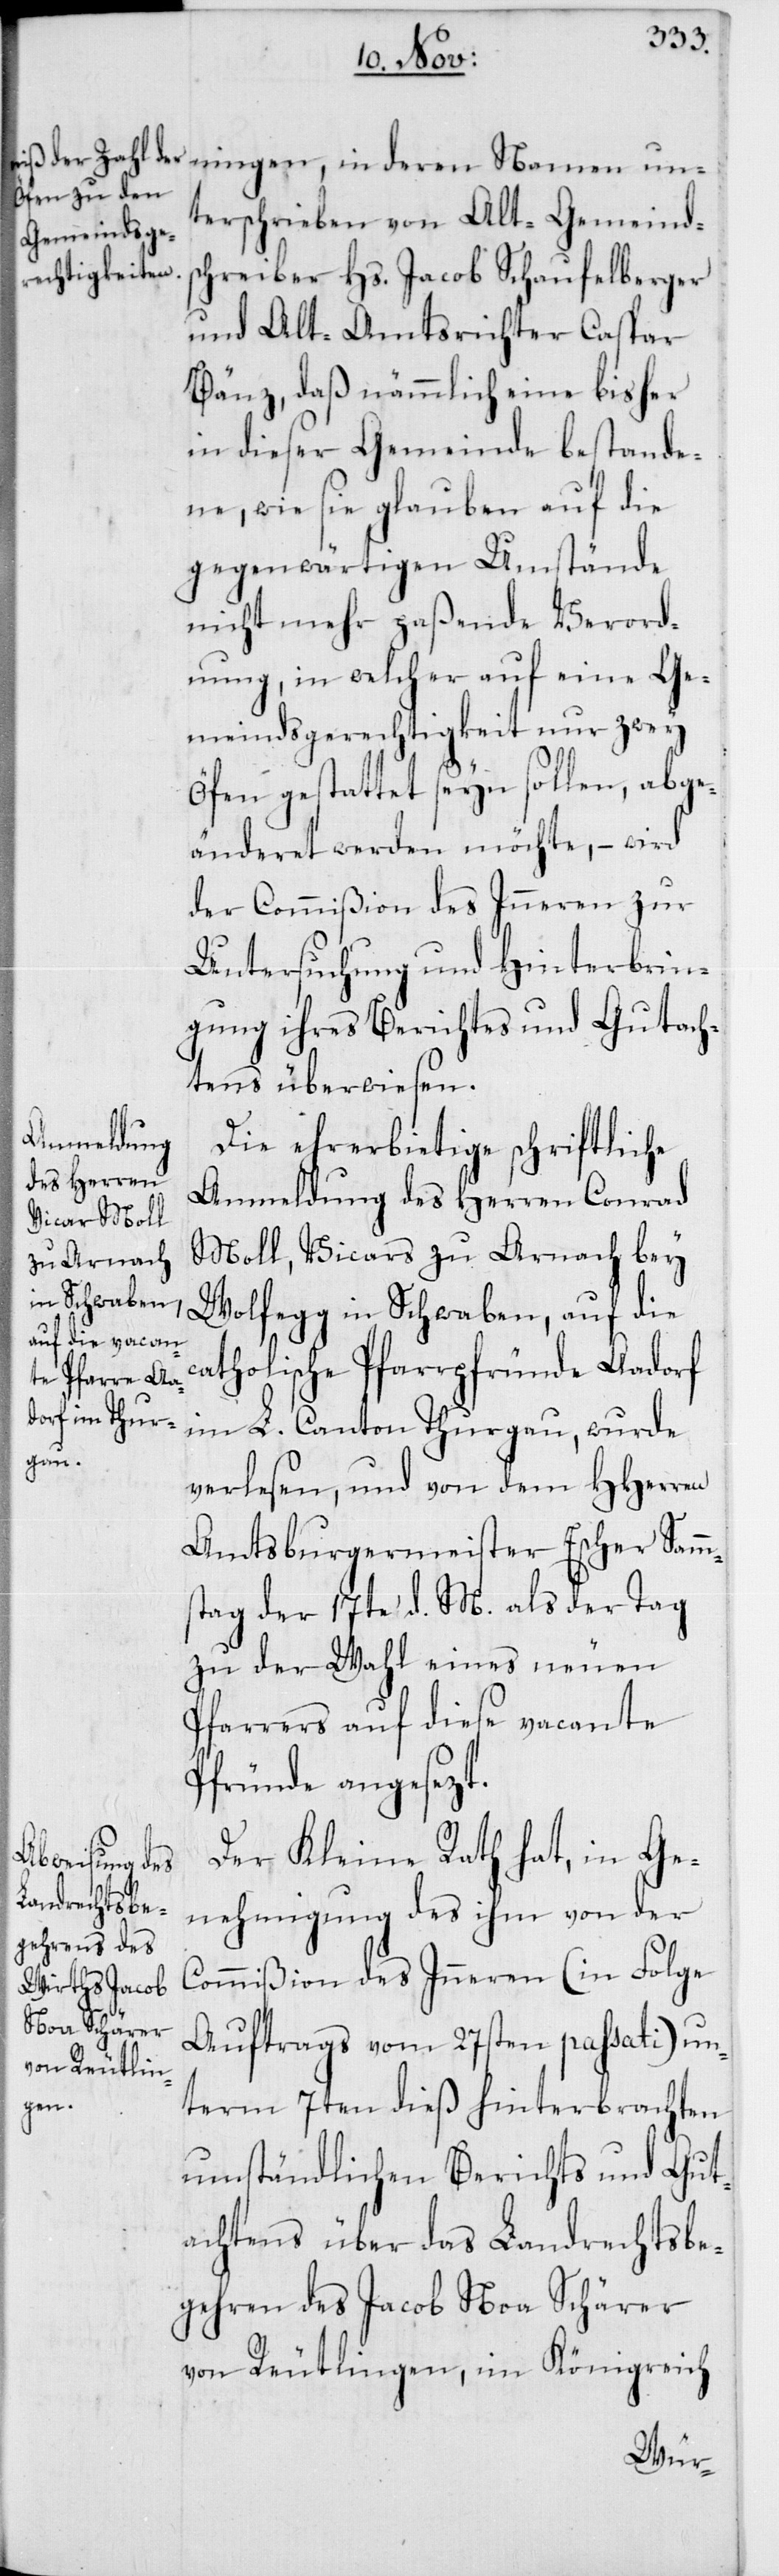
ningen, in deren Namen un¬
terschrieben von Alt-Gemeinds¬
chreiber Hs. Jacob Schaufelberger
und Altamtsrichter Caspar
Bänz, daß nämmlich eine bisher
in dieser Gemeinde bestande¬
ne, wie sie glauben auf die
gegenwärtigen Umstände
nicht mehr paßende Verord¬
nung, in welcher auf eine Ge¬
meindsgerechtigkeit nur zwey
Öfen gestattet seyn sollen, abge¬
änderet werden möchte, – wird
der Commißion des Inneren zur
Untersuchung und Hinterbrin¬
gung ihres Berichtes und Gutach¬
tens überwiesen.
Die ehrerbietige schriftliche
Anmeldung des Herren Conrad
Moll, Vicars zu Arnach bey
Wolfegg in Schwaben, auf die
catholische Pfarrpfründe Aadorf
im L. Canton Thurgau, wurde
verlesen und von dem HHerren
Amtsburgermeister Escher Samm¬
stag der 17te d. M. als der Tag
zu der Wahl eines neuen
Pfarrers auf diese vacante
Pfründe angesezt.
Der Kleine Rath hat, in Ge¬
nehmigung des ihm von der
Commißion des Inneren (in Folge
Auftrags vom 27sten passati) un¬
term 7ten dieß hinterbrachten
umständlichen Berichts und Gut¬
achtens über das Landrechtsbe¬
gehren des Jacob Noa Schärer
von Reutlingen, im Königreich